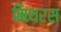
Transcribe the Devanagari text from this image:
मिथरस